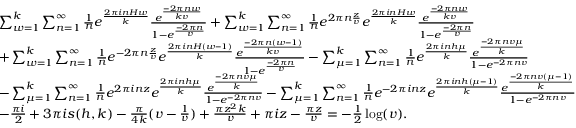
\begin{array} { r l } & { \sum _ { w = 1 } ^ { k } \sum _ { n = 1 } ^ { \infty } \frac { 1 } { n } e ^ { \frac { 2 \pi i n H w } { k } } \frac { e ^ { \frac { - 2 \pi n w } { k v } } } { 1 - e ^ { \frac { - 2 \pi n } { v } } } + \sum _ { w = 1 } ^ { k } \sum _ { n = 1 } ^ { \infty } \frac { 1 } { n } e ^ { 2 \pi n \frac { z } { v } } e ^ { \frac { 2 \pi i n H w } { k } } \frac { e ^ { \frac { - 2 \pi n w } { k v } } } { 1 - e ^ { \frac { - 2 \pi n } { v } } } } \\ & { + \sum _ { w = 1 } ^ { k } \sum _ { n = 1 } ^ { \infty } \frac { 1 } { n } e ^ { - 2 \pi n \frac { z } { v } } e ^ { \frac { 2 \pi i n H ( w - 1 ) } { k } } \frac { e ^ { \frac { - 2 \pi n \left( w - 1 \right) } { k v } } } { 1 - e ^ { \frac { - 2 \pi n } { v } } } - \sum _ { \mu = 1 } ^ { k } \sum _ { n = 1 } ^ { \infty } \frac { 1 } { n } e ^ { \frac { 2 \pi i n h \mu } { k } } \frac { e ^ { \frac { - 2 \pi n v \mu } { k } } } { 1 - e ^ { - 2 \pi n v } } } \\ & { - \sum _ { \mu = 1 } ^ { k } \sum _ { n = 1 } ^ { \infty } \frac { 1 } { n } e ^ { 2 \pi i n z } e ^ { \frac { 2 \pi i n h \mu } { k } } \frac { e ^ { \frac { - 2 \pi n v \mu } { k } } } { 1 - e ^ { - 2 \pi n v } } - \sum _ { \mu = 1 } ^ { k } \sum _ { n = 1 } ^ { \infty } \frac { 1 } { n } e ^ { - 2 \pi i n z } e ^ { \frac { 2 \pi i n h ( \mu - 1 ) } { k } } \frac { e ^ { \frac { - 2 \pi n v \left( \mu - 1 \right) } { k } } } { 1 - e ^ { - 2 \pi n v } } } \\ & { - \frac { \pi i } { 2 } + 3 \pi i s ( h , k ) - \frac { \pi } { 4 k } ( v - \frac { 1 } { v } ) + \frac { \pi z ^ { 2 } k } { v } + \pi i z - \frac { \pi z } { v } = - \frac { 1 } { 2 } \log ( v ) . } \end{array}